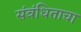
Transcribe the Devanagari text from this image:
संबंधिताचा